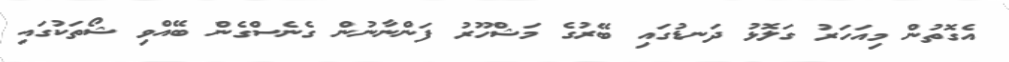
އެގޮތުން މިއަހަރު ގަލޮޅު ދަނޑުގައި ބޭރުގެ މަޝްހޫރު ފަންނާނުން ގެނެސްގެން ބޭއްވި ޝޯތަކުގައި